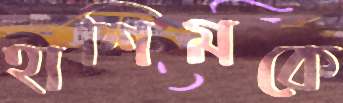
হাশিমকে